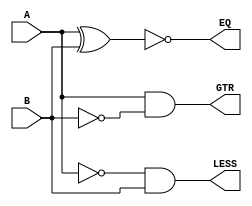
module comp(GTR,EQ,LESS,A,B);
output GTR,EQ,LESS;
input A,B;
wire GTR,EQ,LESS;
assign GTR = A&(~B);
assign EQ = ~(A^B);
assign LESS = (~A)&B;
endmodule